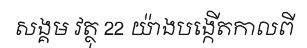
សង្គម វត្ថុ 22 យ៉ាងបង្កើតកាលពី